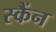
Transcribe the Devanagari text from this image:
स्कैंन